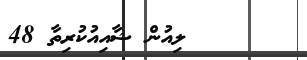
ލިއުން ޝާއިއުކުރިތާ 48